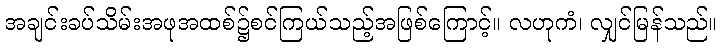
အချင်းခပ်သိမ်းအဖုအထစ်၌စင်ကြယ်သည့်အဖြစ်ကြောင့်။ လဟုကံ၊ လျှင်မြန်သည်။